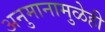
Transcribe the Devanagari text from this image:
अनुमानामुळेही